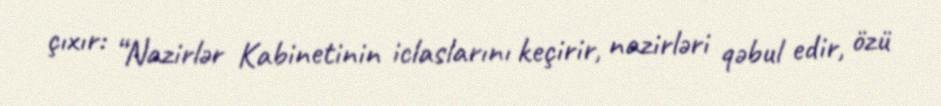
çıxır: “Nazirlər Kabinetinin iclaslarını keçirir, nazirləri qəbul edir, özü